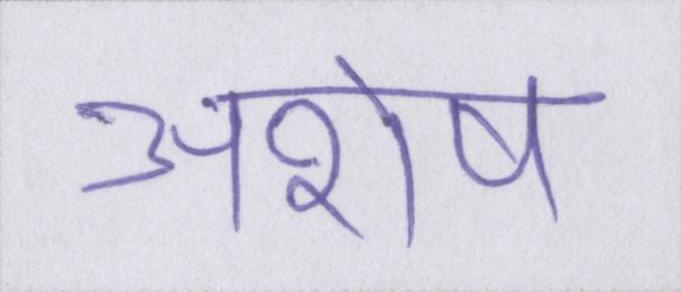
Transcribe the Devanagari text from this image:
अशेष